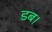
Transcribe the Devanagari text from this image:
डब।